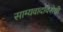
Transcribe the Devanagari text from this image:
साम्यवादविरोधी